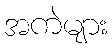
အကဲများ